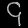
Digit: ၄